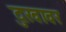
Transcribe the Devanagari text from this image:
दुःखावर